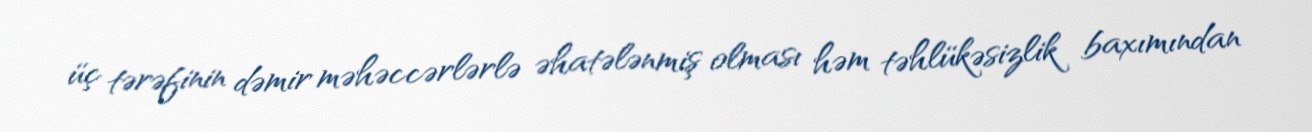
üç tərəfinin dəmir məhəccərlərlə əhatələnmiş olması həm təhlükəsizlik baxımından